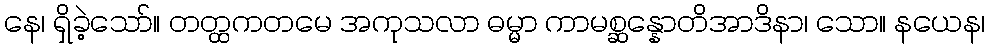
နေ၊ ရှိခဲ့သော်။ တတ္ထကတမေ အကုသလာ ဓမ္မာ ကာမစ္ဆန္နောတိအာဒိနာ၊ သော။ နယေန၊